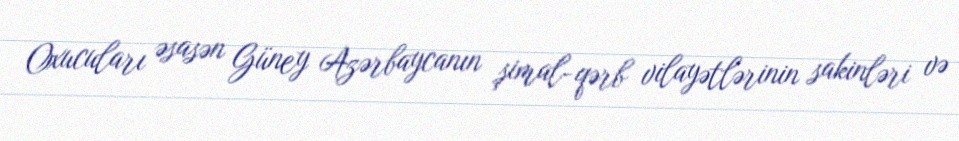
Oxucuları əsasən Güney Azərbaycanın şimal-qərb vilayətlərinin sakinləri və